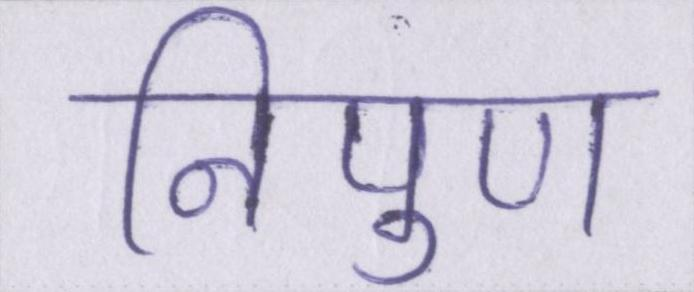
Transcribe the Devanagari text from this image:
निपुण